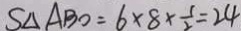
S \Delta A B O = 6 \times 8 \times \frac { 1 } { 2 } = 2 4